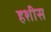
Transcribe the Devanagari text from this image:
हशीस